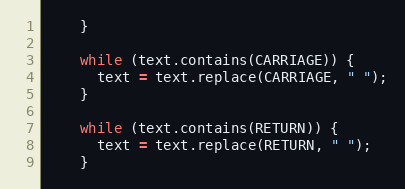
Language: Java
    }

    while (text.contains(CARRIAGE)) {
      text = text.replace(CARRIAGE, " ");
    }

    while (text.contains(RETURN)) {
      text = text.replace(RETURN, " ");
    }